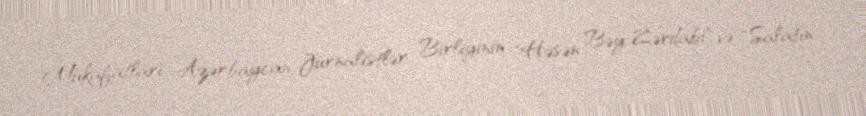
Mükafatları Azərbaycan Jurnalistlər Birliyinin "Həsən Bəy Zərdabi" və "Salatın